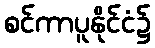
စင်ကာပူနိုင်ငံ၌